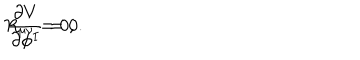
R _ { \mu \nu } = 0 , \hspace { 5 m m } \frac { \partial V } { \partial \phi ^ { I } } = 0 .